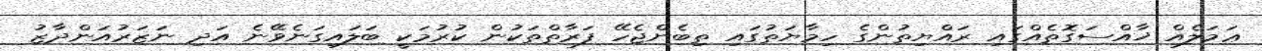
ޢަމަލެއް ޚާއްސަގޮތެއްގައި ރައްޔިތުންގެ ހިމާޔަތުގައި ތިބެންޖެހޭ ފަރާތްތަކުން ކުރުމަކީ ބަލައިގަނެވޭނެ އަދި ނަޒަރުއަންދާޒު